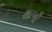
સામી